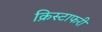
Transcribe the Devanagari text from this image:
क्रिस्टाफरी